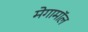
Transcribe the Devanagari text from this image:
मेगामॉल